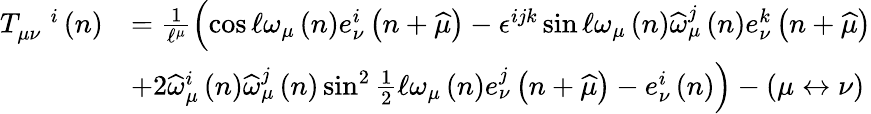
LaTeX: \begin{array}{rl}{T_{\mu\nu}^{\quad i}\left(n\right)}&{=\frac{1}{\mathcal{\ell}^{\mu}}\left(\cos\mathcal{\ell}\omega_{\mu}\left(n\right)e_{\nu}^{i}\left(n+\widehat{\mu}\right)-\epsilon^{ijk}\sin\mathcal{\ell}\omega_{\mu}\left(n\right)\widehat{\omega}_{\mu}^{j}\left(n\right)e_{\nu}^{k}\left(n+\widehat{\mu}\right)\right.}\\ &{\left.+2\widehat{\omega}_{\mu}^{i}\left(n\right)\widehat{\omega}_{\mu}^{j}\left(n\right)\sin^{2}\frac{1}{2}\mathcal{\ell}\omega_{\mu}\left(n\right)e_{\nu}^{j}\left(n+\widehat{\mu}\right)-e_{\nu}^{i}\left(n\right)\right)-\left(\mu\leftrightarrow\nu\right)}\end{array}